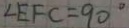
\angle E F C = 9 0 ^ { \circ }